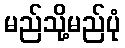
မည်သို့မည်ပုံ